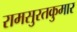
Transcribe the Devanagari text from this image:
रामसुरतकुमार